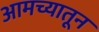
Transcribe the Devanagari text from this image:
आमच्यातून